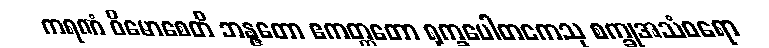
ကရဏံ ဝိမောစေတိ ဘန္ဇတော ဧကတ္တတော ရုက္ခပေါတကေသု စက္ခုအသံဝရော